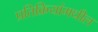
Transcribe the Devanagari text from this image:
प्रतिक्रियांमधील